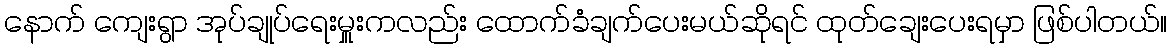
နောက် ကျေးရွာ အုပ်ချုပ်ရေးမှူးကလည်း ထောက်ခံချက်ပေးမယ်ဆိုရင် ထုတ်ချေးပေးရမှာ ဖြစ်ပါတယ်။